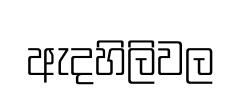
ඇදහිලිවල